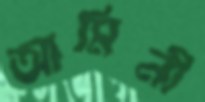
আমিনী